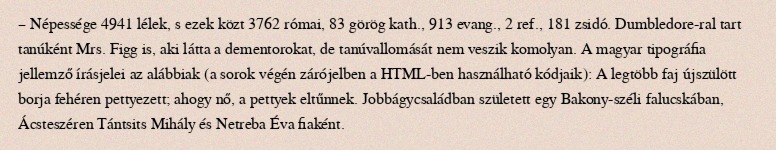
– Népessége 4941 lélek, s ezek közt 3762 római, 83 görög kath., 913 evang., 2 ref., 181 zsidó. Dumbledore-ral tart tanúként Mrs. Figg is, aki látta a dementorokat, de tanúvallomását nem veszik komolyan. A magyar tipográfia jellemző írásjelei az alábbiak (a sorok végén zárójelben a HTML-ben használható kódjaik): A legtöbb faj újszülött borja fehéren pettyezett; ahogy nő, a pettyek eltűnnek. Jobbágycsaládban született egy Bakony-széli falucskában, Ácsteszéren Tántsits Mihály és Netreba Éva fiaként.